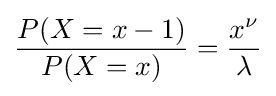
{\frac {P(X=x-1)}{P(X=x)}}={\frac {x^{\nu }}{\lambda }}